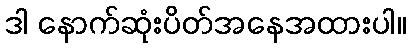
ဒါ နောက်ဆုံးပိတ်အနေအထားပါ။